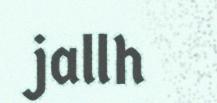
jallh